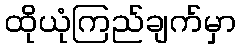
ထိုယုံကြည်ချက်မှာ